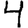
Digit: 4